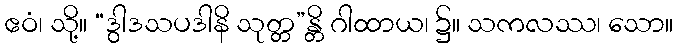
ဧဝံ၊ သို့။ “ဒွါဒသပဒါနိ သုတ္တ”န္တိ ဂါထာယ၊ ၌။ သကလဿ၊ သော။